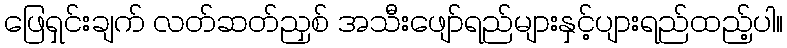
ဖြေရှင်းချက် လတ်ဆတ်ညှစ် အသီးဖျော်ရည်များနှင့်ပျားရည်ထည့်ပါ။